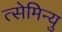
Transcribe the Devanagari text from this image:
त्सेमिन्यु